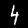
Label: 4